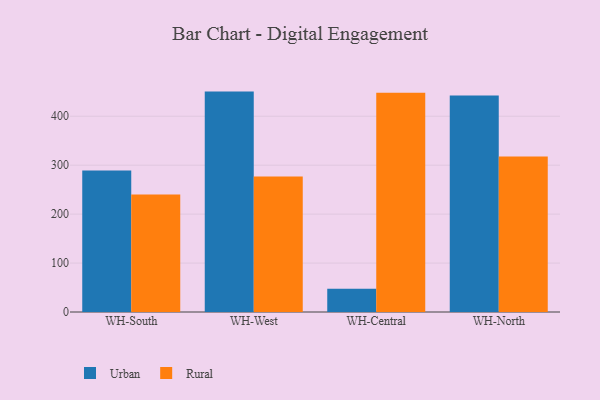
{"axis": {"x": "Warehouse", "y": "Page Views"}, "legend": ["Rural", "Urban"], "data": [{"x": "WH-South", "y": 289.3, "type": "Urban"}, {"x": "WH-South", "y": 240.1, "type": "Rural"}, {"x": "WH-West", "y": 450.4, "type": "Urban"}, {"x": "WH-West", "y": 276.8, "type": "Rural"}, {"x": "WH-Central", "y": 47.5, "type": "Urban"}, {"x": "WH-Central", "y": 448.3, "type": "Rural"}, {"x": "WH-North", "y": 442.4, "type": "Urban"}, {"x": "WH-North", "y": 318.0, "type": "Rural"}]}